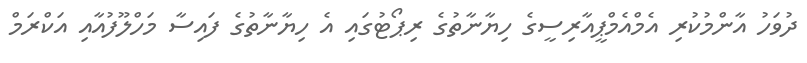
ދުވަހު އާންމުކުރި އެމްއެމްޕީއާރިސީގެ ހިޔާނާތުގެ ރިޕޯޓުގައި އެ ހިޔާނާތުގެ ފައިސާ މަހްލޫފުއާއި އަކްރަމް